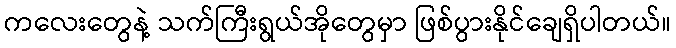
ကလေးတွေနဲ့ သက်ကြီးရွယ်အိုတွေမှာ ဖြစ်ပွားနိုင်ချေရှိပါတယ်။